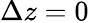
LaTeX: \Delta z=0